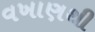
વખાણથી